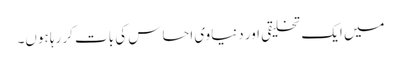
میں ایک تخلیقی اور دنیاوی احساس کی بات کر رہا ہوں۔